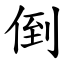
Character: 倒